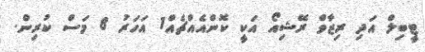
ޓީބިލް އަދި ރިޒާވް ރޭޝިއޯ އަކީ ކޮންއެއްޗެއް1 އަހަރު 8 މަސް ކުރިން.